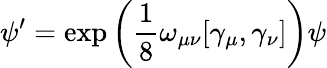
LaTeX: \psi^{\prime}=\exp{\left({\frac{1}{8}}\omega_{\mu\nu}[\gamma_{\mu},\gamma_{\nu}]\right)}\psi